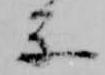
楽